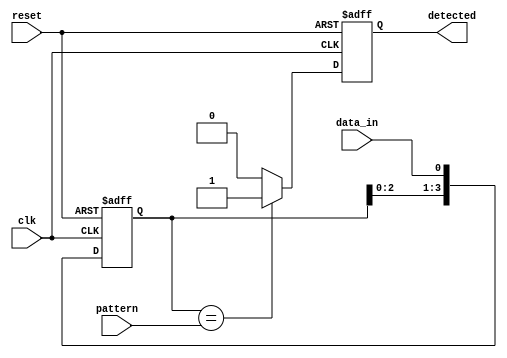
module pattern_detector #(
    parameter PATTERN_LENGTH = 4,  // Length of the pattern to be detected
    parameter DATA_WIDTH = 1         // Width of the input data signal
)(
    input wire clk,                   // Clock signal
    input wire reset,                 // Asynchronous reset
    input wire data_in,               // Input data signal
    input wire [PATTERN_LENGTH-1:0] pattern, // Pattern to detect
    output reg detected               // Output signal indicating detection
);

// Shift register to hold the incoming data
reg [PATTERN_LENGTH-1:0] shift_reg;

// Initialization of the shift register
always @(posedge clk or posedge reset) begin
    if (reset) begin
        shift_reg <= {PATTERN_LENGTH{1'b0}};  // Reset shift register to 0
        detected <= 1'b0;                     // Initialize detected to 0
    end else begin
        shift_reg <= {shift_reg[PATTERN_LENGTH-2:0], data_in}; // Shift in data
        // Compare the shift register with the pattern
        detected <= (shift_reg == pattern) ? 1'b1 : 1'b0;
    end
end

endmodule